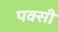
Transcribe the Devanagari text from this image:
पक्सी